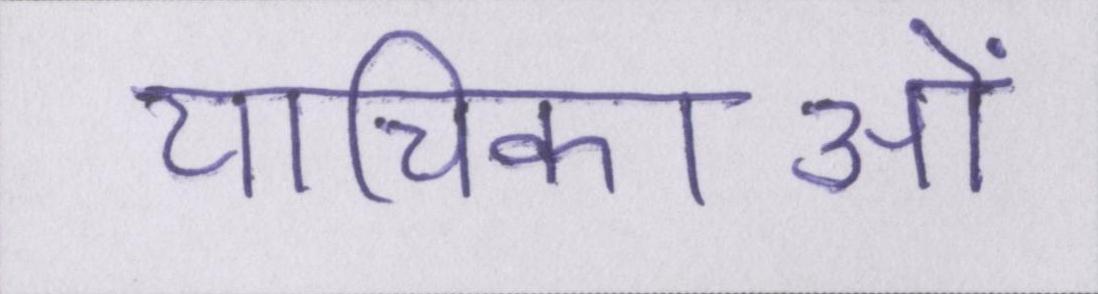
याचिकाओं